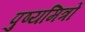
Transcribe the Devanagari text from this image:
पुष्यमित्रों